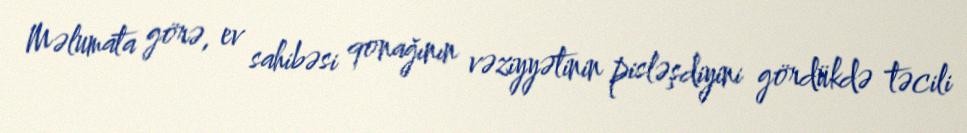
Məlumata görə, ev sahibəsi qonağının vəziyyətinin pisləşdiyini gördükdə təcili